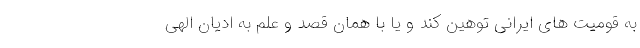
به قومیت های ایرانی توهین کند و یا با همان قصد و علم به ادیان الهی